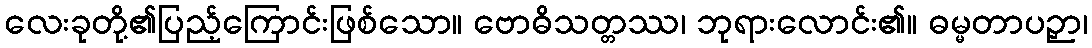
လေးခုတို့၏ပြည့်ကြောင်းဖြစ်သော။ ဗောဓိသတ္တဿ၊ ဘုရားလောင်း၏။ ဓမ္မတာပဉှာ၊